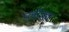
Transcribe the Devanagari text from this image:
प्लोव्हर